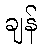
ချန်